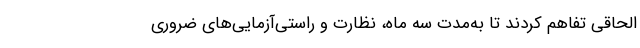
الحاقی تفاهم کردند تا به‌مدت سه ماه، نظارت و راستی‌آزمایی‌های ضروری